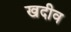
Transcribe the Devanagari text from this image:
खदीव